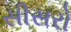
સીસરો